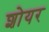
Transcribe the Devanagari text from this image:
शोयर